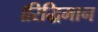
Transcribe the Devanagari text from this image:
।रिद्धिमान